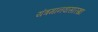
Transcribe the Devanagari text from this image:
यंत्रमानवासारखा